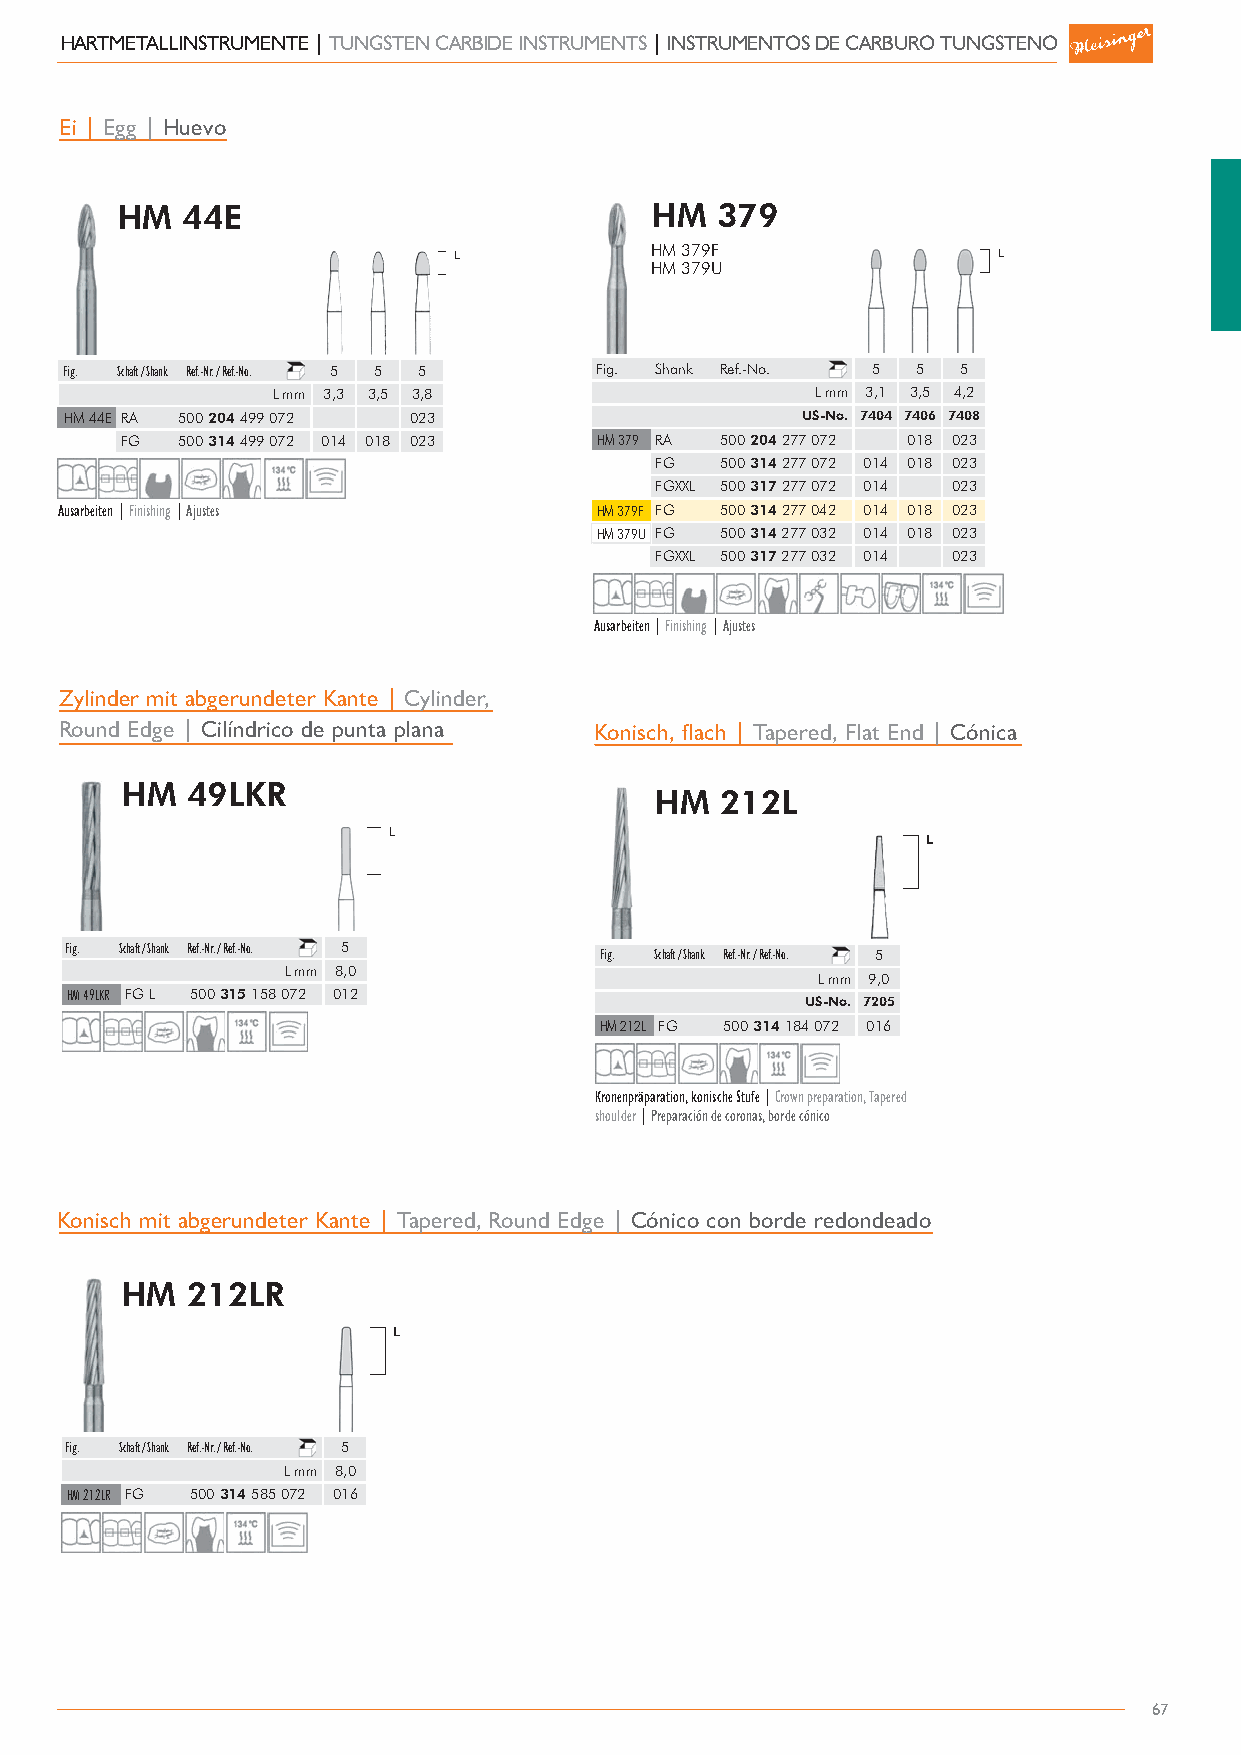
HARTMETALLINSTRUMENTE | TUNGSTEN CARBIDE INSTRUMENTS | INSTRUMENTOS DE CARBURO TUNGSTENO
 Ei | Egg | Huevo
 HM  44E                            HM  379
 HM 379F
 HM 379U
 Fig. Schaft / Shank Ref.-Nr. / Ref.-No. 5 5 5 Fig. Shank Ref.-No. 5 5 5
 L mm 3,.3 3,.5 3,.8                 L mm 3,.1 3,.5 4,.2
 HM 44E RA 500 204 499 072 023                    US-No. 74.04 74.06 74.08
 FG  500 314 499 072 014 018 023 HM 379 RA 500 204 277 072 018 023
 FG   500 314 277 072 014 018 023
 FGXXL 500 317 277 072 014 023
 Ausarbeiten | Finishing | Ajustes  HM 379F FG 500 314 277 042 014 018 023
 HM 379U FG 500 314 277 032 014 018 023
 FGXXL 500 317 277 032 014 023
 Ausarbeiten | Finishing | Ajustes
 Zylinder mit abgerundeter Kante | Cylinder,
 Round Edge | Cilíndrico de punta plana Konisch, flach | Tapered, Flat End | Cónica
 HM  49LKR
 HM   212L
 Fig. Schaft / Shank Ref.-Nr. / Ref.-No. 5 Fig. Schaft / Shank Ref.-Nr. / Ref.-No. 5
 L mm 8,.0                          L mm 9,.0
 HM 49LKR FG L 500 315 158 072 012                US-No. 72.05
 HM 212L FG 500 314 184 072 016
 Kronenpräparation, konische Stufe | Crown preparation, Tapered
 shoulder | Preparación de coronas, borde cónico
 Konisch mit abgerundeter Kante | Tapered, Round Edge | Cónico con borde redondeado
 HM  212LR
 Fig. Schaft / Shank Ref.-Nr. / Ref.-No. 5
 L mm 8,.0
 HM 212LR FG 500 314 585 072 016
 67